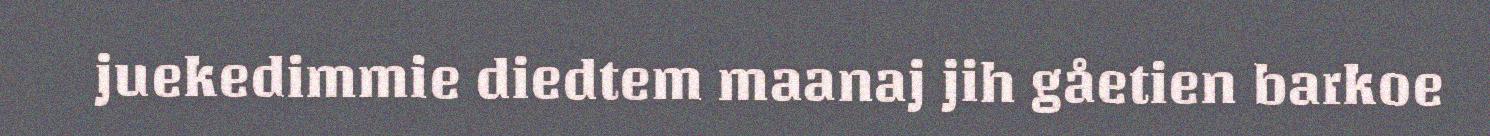
juekedimmie diedtem maanaj jih gåetien barkoe